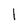
Character: l